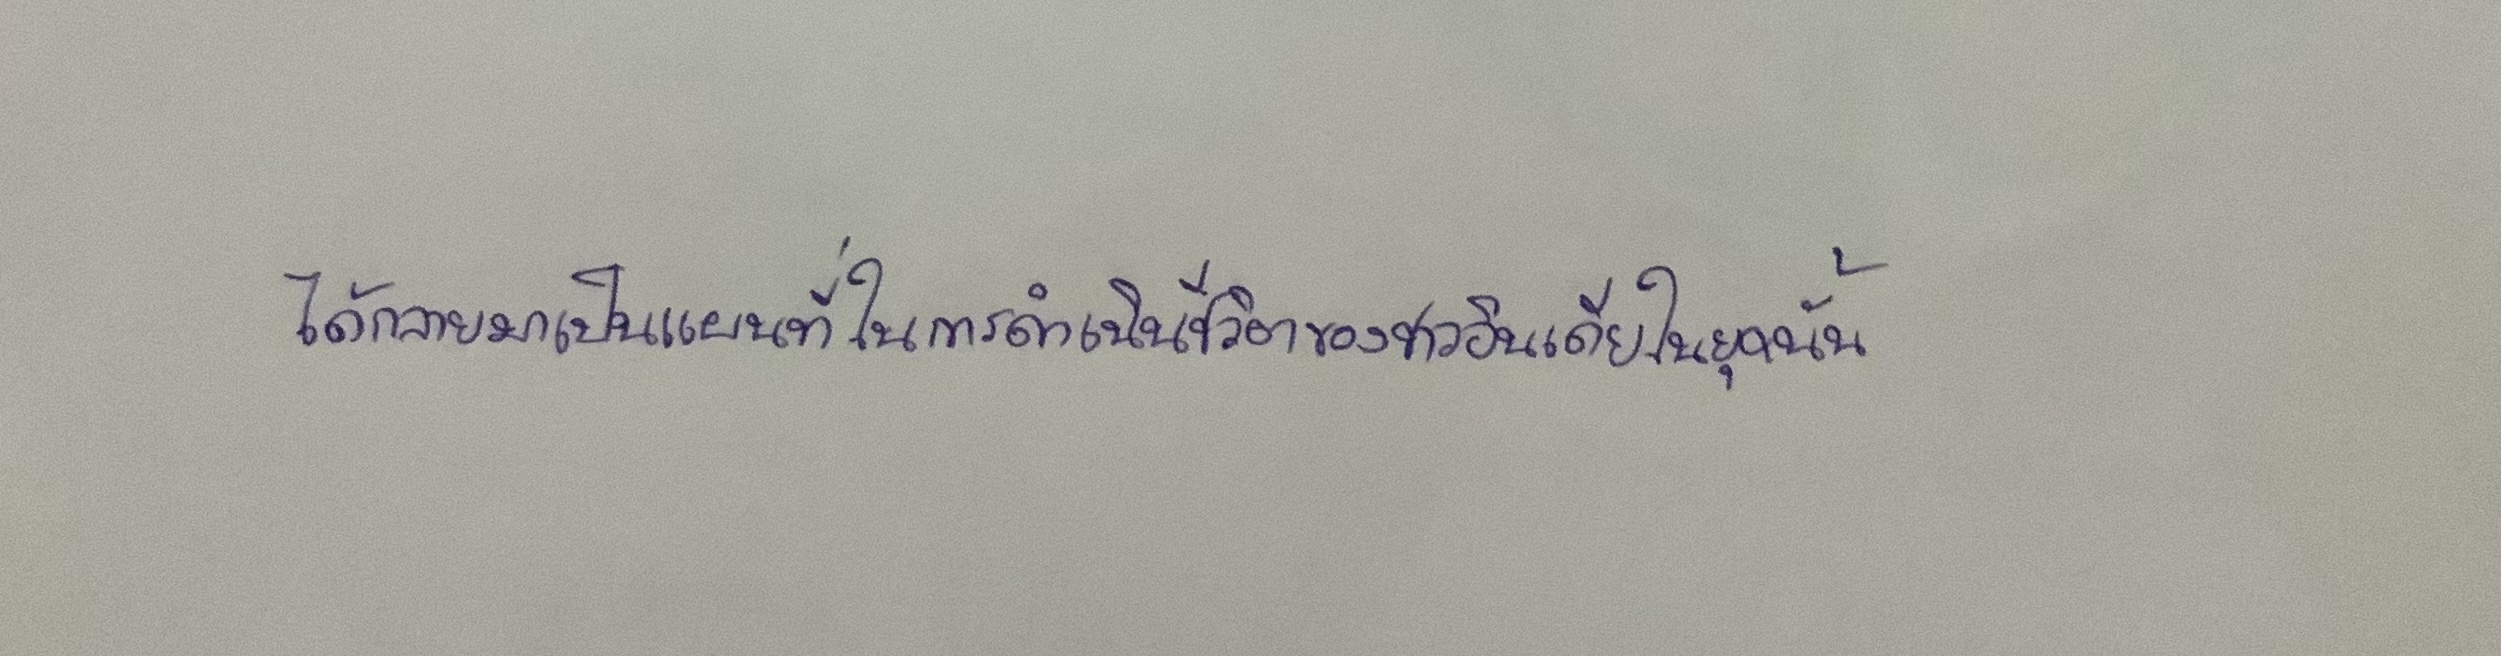
ได้กลายมาเป็นแผนที่ในการดำเนินชีวิตของชาวอินเดียในยุคนั้น